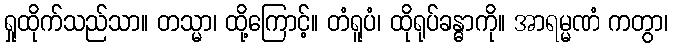
ရှုထိုက်သည်သာ။ တသ္မာ၊ ထို့ကြောင့်။ တံရူပံ၊ ထိုရုပ်ခန္ဓာကို။ အာရမ္မဏံ ကတွာ၊